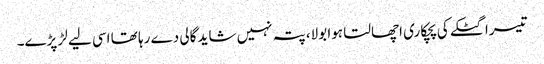
تیسرا گٹکے کی پچکاری اچھالتا ہوا بولا، پتہ نہیں شاید گالی دے رہا تھا اسی لیے لڑ پڑے۔